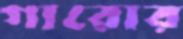
গারোর